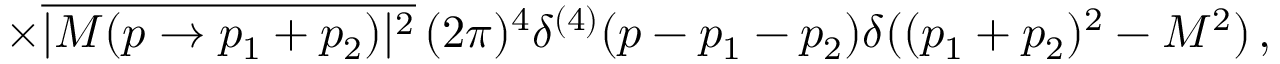
\times { \overline { { { | { \cal { M } } ( p \to p _ { 1 } + p _ { 2 } ) | ^ { 2 } } } } } \, ( 2 \pi ) ^ { 4 } \delta ^ { ( 4 ) } ( p - p _ { 1 } - p _ { 2 } ) \delta ( ( p _ { 1 } + p _ { 2 } ) ^ { 2 } - M ^ { 2 } ) \, ,